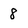
Character: 8